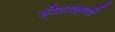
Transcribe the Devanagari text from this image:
होटाळणी